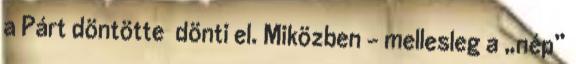
a Párt döntötte dönti el. Miközben – mellesleg a „nép”